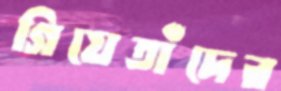
গিয়েতাঁদের